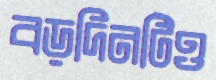
বড়দিনটিও